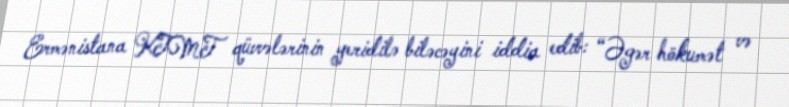
Ermənistana KTMT qüvvələrinin yeridilə biləcəyini iddia edib: “Əgər hökumət və